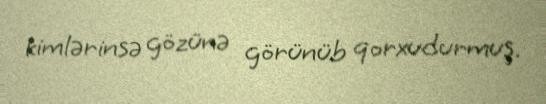
kimlərinsə gözünə görünüb qorxudurmuş.